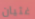
غثيان